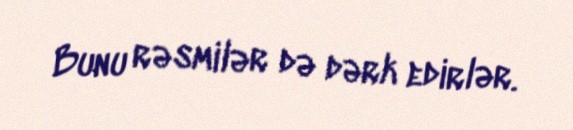
Bunu rəsmilər də dərk edirlər.